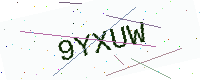
Text: 9YXUW